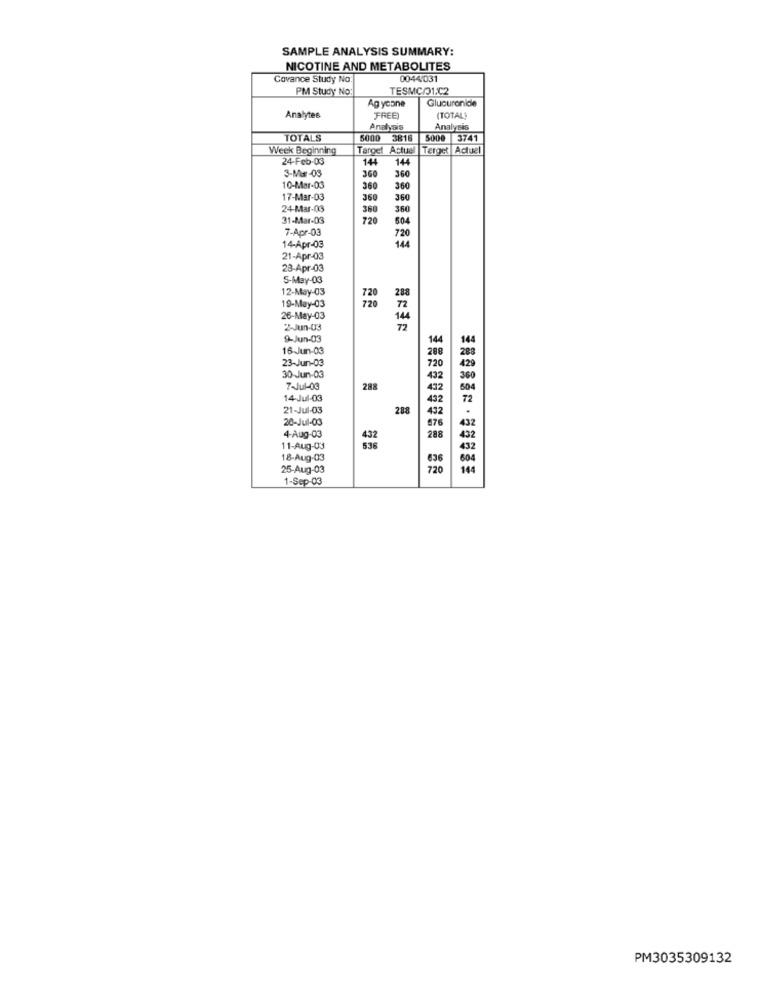
SAMPLE ANALYSIS SUMMARY:
NICOTINE AND METABOLITES
Covance Study No.
0044-031
PM Study No:
TESMC/01/02
Ag ycone
Glucuronide
Analytes
FREE
(TOTAL}
Analysis
Analysis
TOTALS
5000
3816
5000
3741
Week Beginning
Target Actual |Terget Actuel
24-Feb-03
144
144
3-Mær-03
360
360
10-Mar-03
360
360
17-Mar-03
350
360
24-Mar-03
360
360
31-Mar-03
720
604
7-Apr-03
720
14-Apr-03
21-Apr-03
28-Apr-03
5-May-03
12-May-03
288
720
19-May-03
26-May-03
14
2-Jun-03
9-Jun-03
16-Jun-03
23-Jun-03
30-Jun-03
7-Jul-03
288
14-Jul-03
21-Jul-03
288
432
20-Jul-03
576
4-Aug-03
288
11-Aug-03
18-Aug-03
636
25-Aug-03
720
144
1-Sep-03
PM3035309132